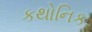
કથોનિક